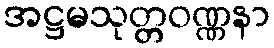
အဋ္ဌမသုတ္တဝဏ္ဏနာ